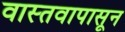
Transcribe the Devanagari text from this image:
वास्तवापासून